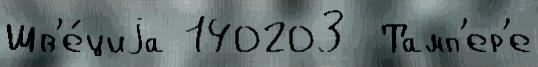
Шв'е́циjа 140203  Тамп'ер'е